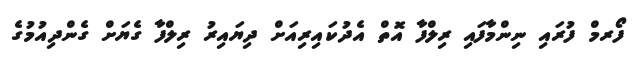
ފޯރމް ފުރައި ނިންމާފައި ރިލްފާ އޮތް އެދުކައިރިއަށް ދިޔައިރު ރިލްފާ ގެޔަށް ގެންދިއުމުގެ